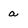
Character: a